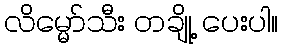
လိမ္မော်သီး တချို့ ပေးပါ။